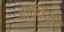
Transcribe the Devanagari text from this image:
ईल्यिज